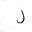
Letter: _lam